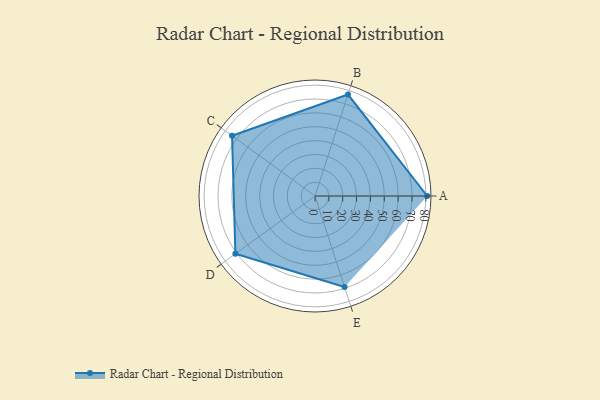
{"axis": {"x": "Skill", "y": "Score"}, "legend": ["Profile"], "data": [{"x": "A", "y": 81.0, "type": "Profile"}, {"x": "B", "y": 77.0, "type": "Profile"}, {"x": "C", "y": 74.0, "type": "Profile"}, {"x": "D", "y": 71.0, "type": "Profile"}, {"x": "E", "y": 69.0, "type": "Profile"}]}